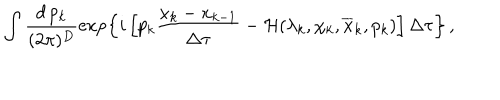
\int \frac { d \, p _ { k } } { ( 2 \pi ) ^ { D } } \exp \left\{ i \left[ p _ { k } \frac { x _ { k } - x _ { k - 1 } } { \Delta \tau } - { \cal H } ( \lambda _ { k } , \chi _ { k } , \overline { { { x } } } _ { k } , p _ { k } ) \right] \Delta \tau \right\} \, ,